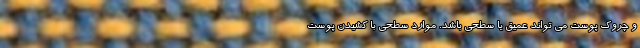
و چروک پوست می تواند عمیق یا سطحی باشد. موارد سطحی با کشیدن پوست